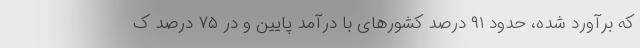
که برآورد شده، حدود ۹۱ درصد کشورهای با درآمد پایین و در ۷۵ درصد ک